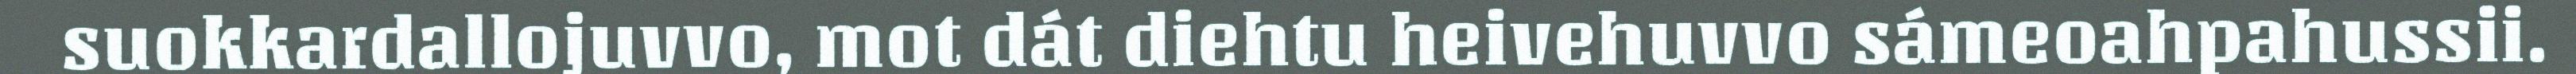
suokkardallojuvvo, mot dát diehtu heivehuvvo sámeoahpahussii.